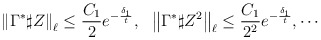
\begin{align*} &\left\Vert \Gamma^*\sharp Z\right\Vert_{\ell}\leq\frac{C_1}{2}e^{-\frac{\delta_1}{t}},\ \ \left\Vert \Gamma^*\sharp Z^2\right\Vert_{\ell}\leq\frac{C_1}{2^2}e^{-\frac{\delta_1}{t}},\cdots\end{align*}